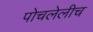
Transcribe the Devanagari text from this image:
पोचलेलीच